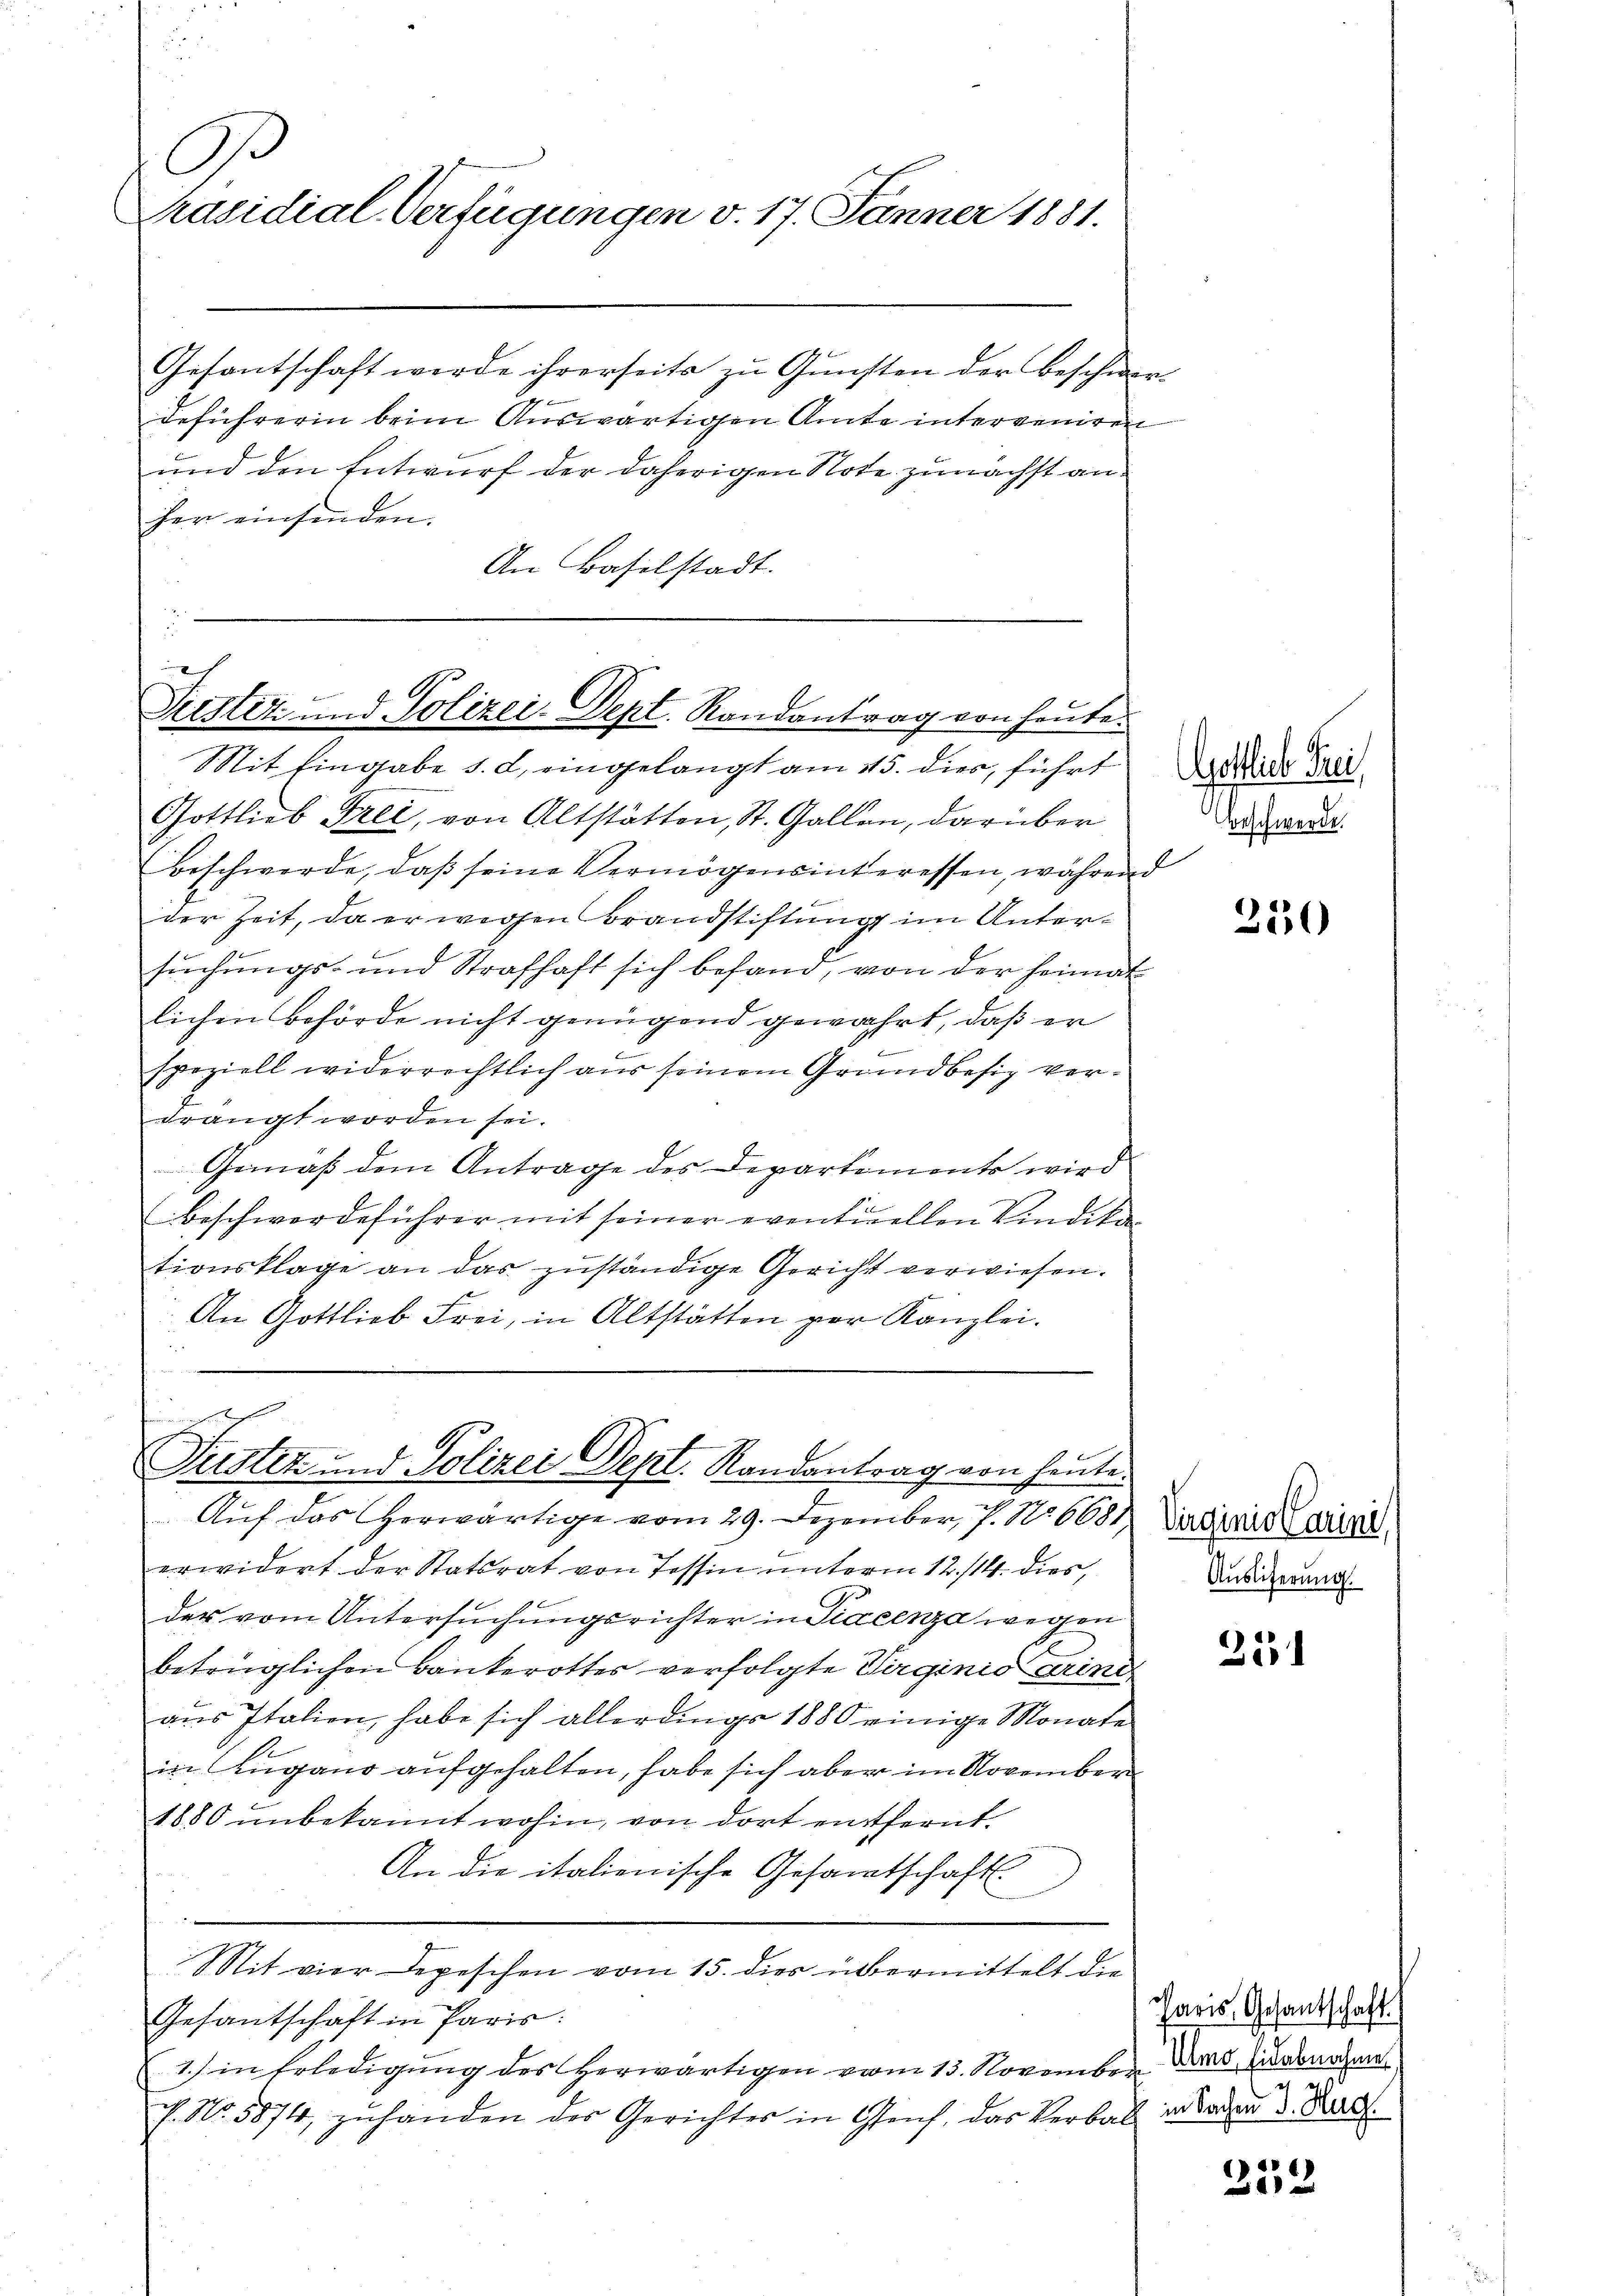
A
Präsidial-Verfügungen v. 17. Jänner 1881.

Gesantschaft werde ihrerseits zu Gunsten der Beschwer
deführerin beim Auswärtigen Amte interveniren
und den Entwurf der daherigen Note zunächst anher einsenden.
An Baselstadt.

c
Justiz und Polizei-Dept. Randantrag von heute.
Mit Eingabe s. d. eingelangt am 15. dies, führt

Gottlieb Frei, von Altstätten, St. Gallen, darüber
Beschwerde, daß seine Vermögensinteressen, währen
der Zeit, da er wegen Brandstiftung im Untersuchungs- und Strafhaft sich befand, von der Heimat
lichen Behörde nicht genügend gewahrt, daß er
speziell widerrechtlich aus seinem Grundbesich verdrängt worden sei.
Gemäß dem Antrage des Departements wird
1
Beschwerdeführer mit seiner eventuellen Vindika
tionsklage an das zuständige Gericht verwiesen.
An Gottlieb Frei, in Altstätten zur Kanzlei.

Justiz und Polizei Dept. Randantrag von heute.

Auf das herwärtige vom 29. Dezember, 7. 10668. Der dirie Parisi
erwidert der Statsrat von Tessin unterm 12./14. dies
der vom Untersuchungsrichter in Fiacenza wegen
betrüglichen Bankerottes verfolgte Virginio erini
aus Italien, habe sich allerdings 1880 einige Monate
in Lugano aufgehalten, habe sich aber im November
1880 unbekannt wohin, von dort entfernt.
An die italienische Gesamtschaft
d
Mit vier Depeschen vom 15. dies übermittelt die
Gesantschaft in Paris:
1.) in Erledigung des herwärtigen vom 13. November Dauernahme
f. No. 5874, zuhänden der Gerichter in Genf, das Verbal in aber d. Satz.

GGostlich Frei
Beschwerde.
f

350

Auslieferung

251

Paris, Gesantschaft.
 ord

252